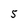
Character: 5